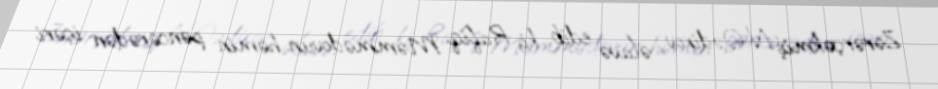
Zərərçəkmiş N.Qədirov əlavə edib ki, Rafiq Məmmədovun həmin pəncərədən içəri